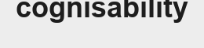
cognisability